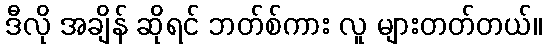
ဒီလို အချိန် ဆိုရင် ဘတ်စ်ကား လူ များတတ်တယ်။